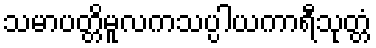
သမာပတ္တိမူလကသပ္ပါယကာရီသုတ္တံ